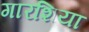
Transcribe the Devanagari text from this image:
गारशिया